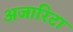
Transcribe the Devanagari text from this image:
अजारिटा